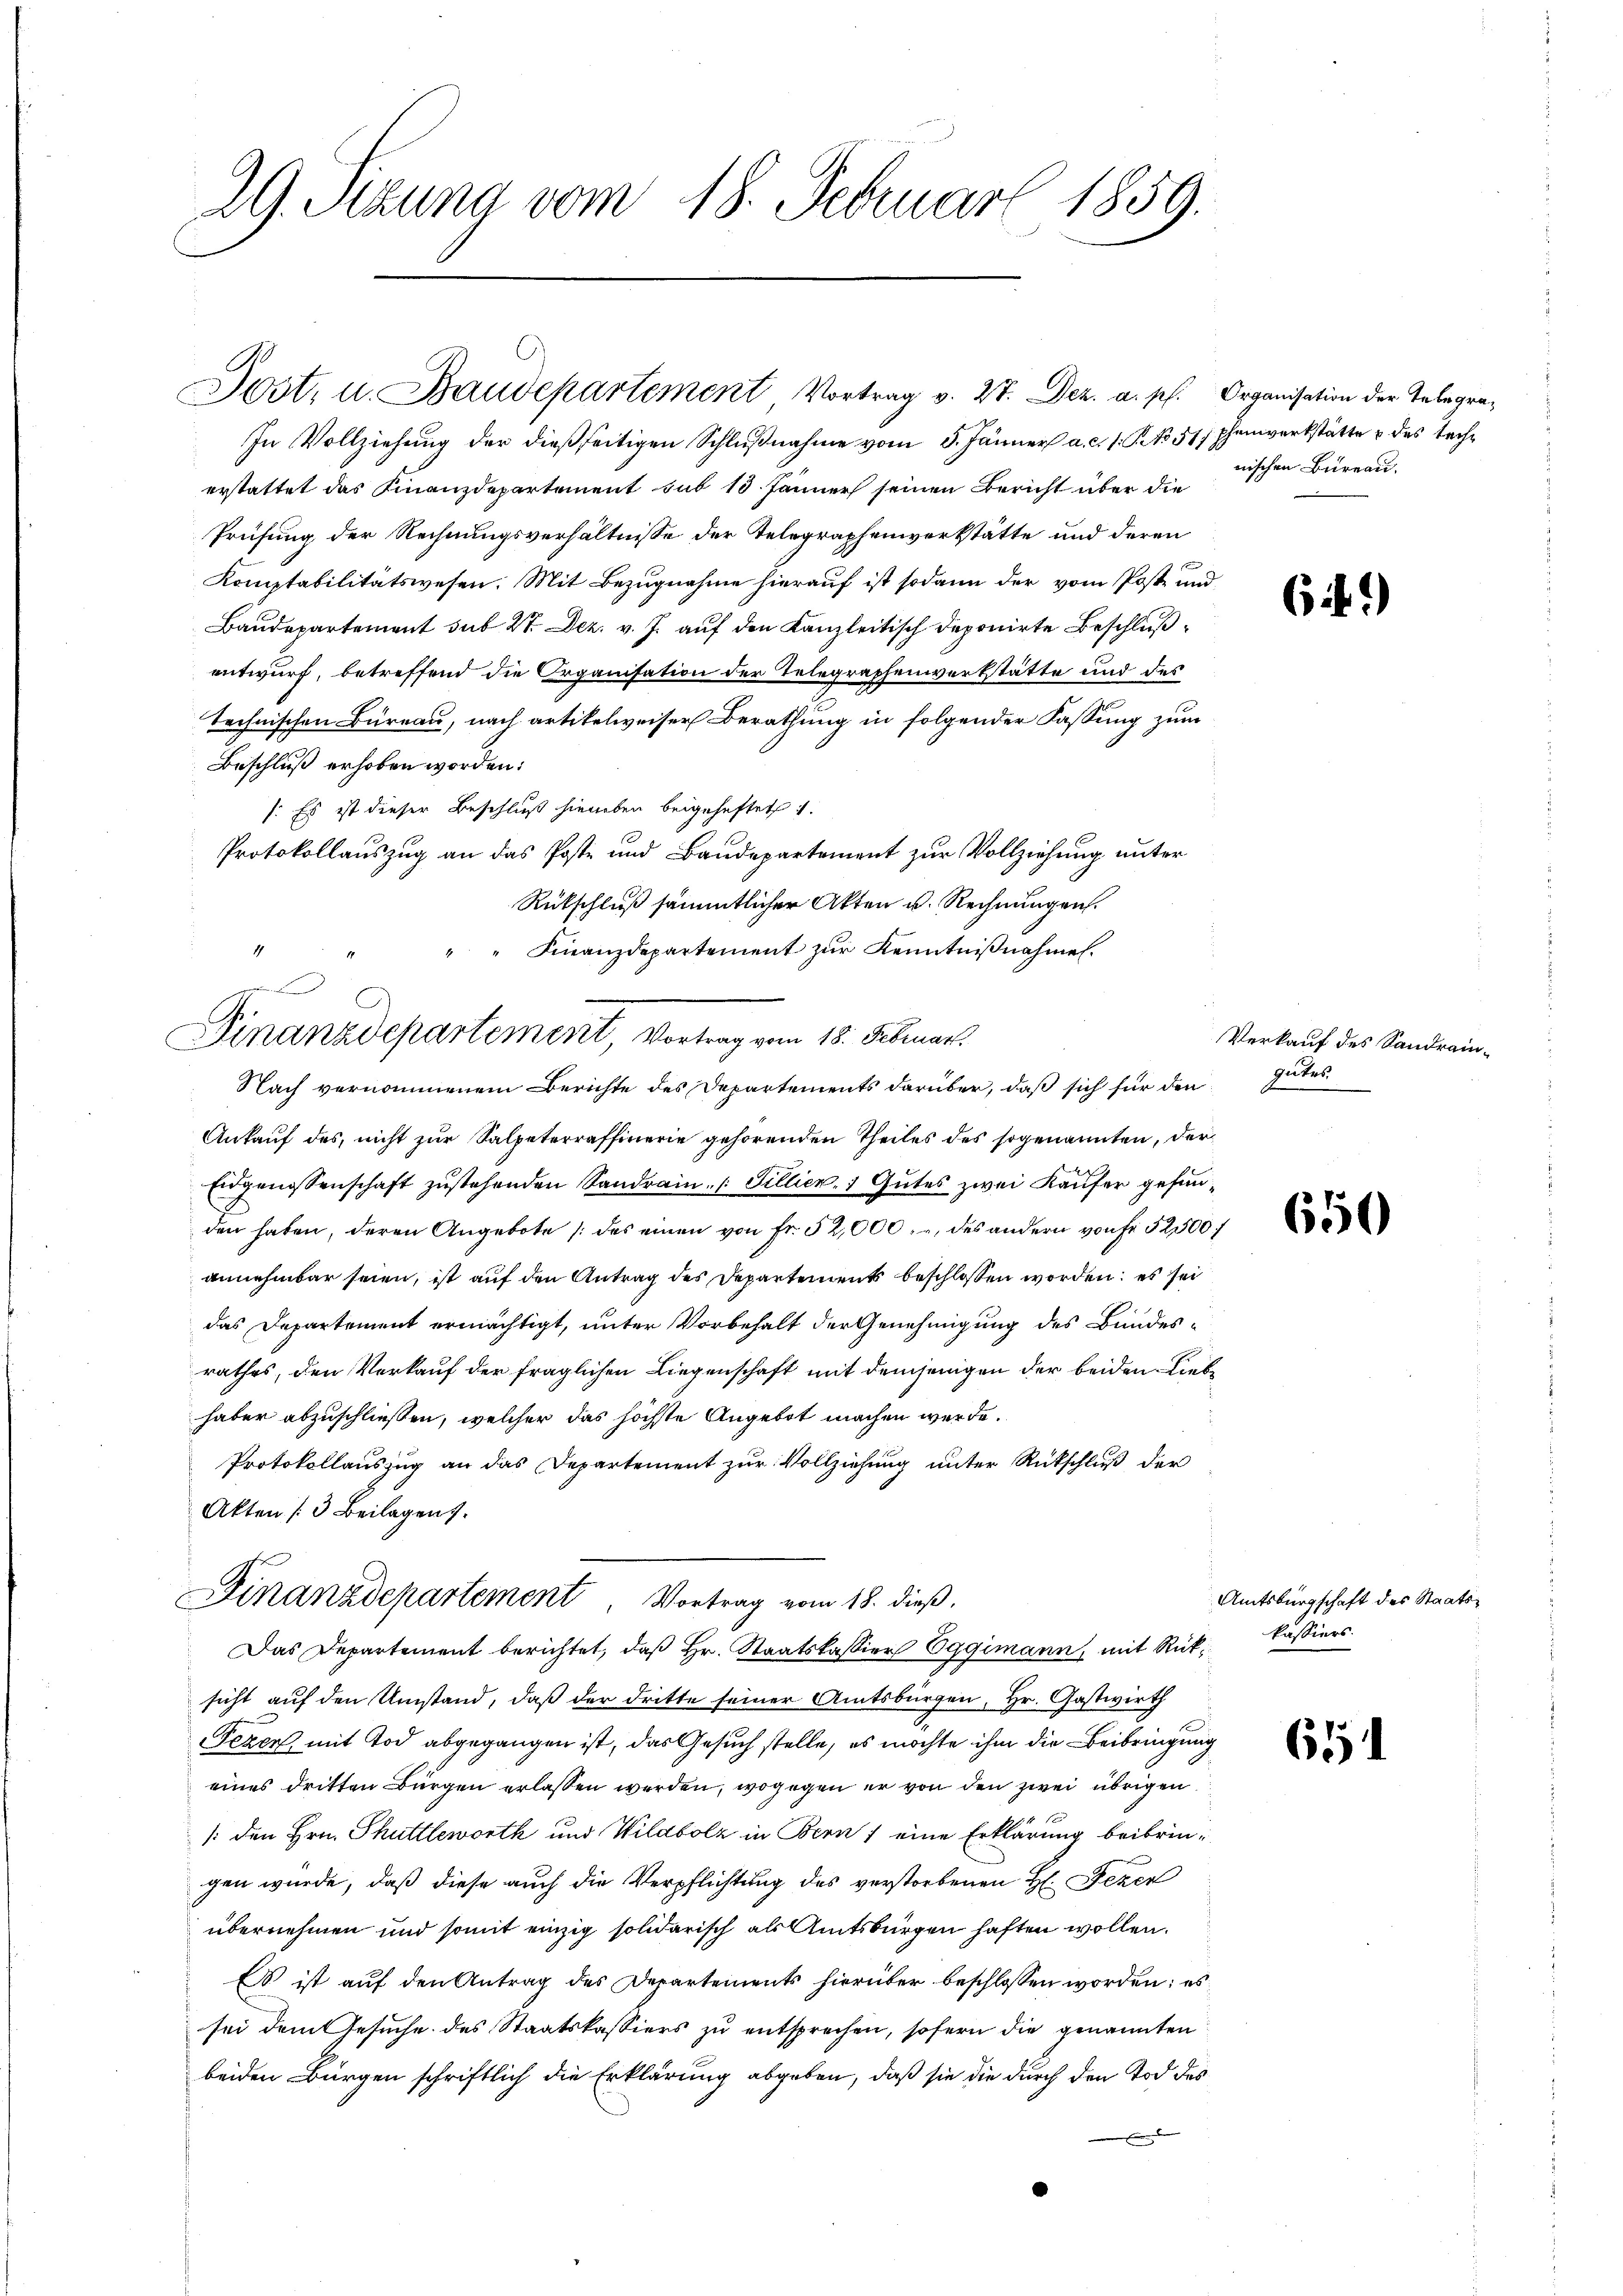
29. Sizung vom 18. Februar 1859.

In Vollziehung der dießseitigen Schlußnahme vom 5. Jänner a. c. s. S. 517 phenwerkstätte & des Techerstattet das Finanzdepartement sub 18. Jänner seinen Bericht über die
Prüfung der Rechnungsverhältnisse der Telegraphenverkstätte und deren
Komptabilitätswesen. Mit Bezugnahme hierauf ist sodann der vom Poste und
Baudepartement sub 27. Dez. v. J. auf den Kanzleitisch deponirte Beschlußentwurf, betreffend die Organisation der Telegraphenverkstätte und des
technischen Büreau, nach artikelweiser Berathung in folgender Fassung zum
Beschluß erhoben worden:
1. Es ist dieser Beschluß hierben beigeheftet
Protokollaŭszŭg an das Poste und Baudepartement zŭr Vollziehŭng ŭnter
Rückschluß sämmtlicher Akten u. Rechnungen.
" " Finanzdepartement zŭr Kenntniβnahmen.
4
Nach vernommenem Berichte des Departements darüber, daß sich für den
Ankauf des, nicht zur Salpeterraffinerie gehörenden Theiles des sogenannten, der
Eidgenossenschaft zustehenden Sandrain. ( Tillier, 1 Gutes zwei Käufer gefunden haben, deren Angebote (des einen von fr. 52,000 des andern von Fr. 52500 f
annehmbar seien, ist auf den Antrag des Departements beschlossen worden; es sei
das Departement ermächtigt, unter Vorbehalt der Genehmigung des Bundesrathes, den Verkauf der fraglichen Liegenschaft mit demjenigen der beiden Liebe
haber abzuschließen, welcher das höchste Angebot machen werde.
Protokollauszug an das Departement zur Vollziehung unter Rückschluß der
Akten (3 Beilagen.
Finanzdepartement, Vortrag vom 18. dieß.
Das Departement berichtet, daß Hr. Staatskassier Eggimann, mit Rüksicht auf den Umstand, daß der dritte seiner Amtsbürgen, Hr. Gastwirth
Fezen, mit Tod abgegangen ist, das Gesuch stelle, es möchte ihm die Beibringung
eines dritten Bürgen erlassen werden, wogegen er von den zwei übrigen
/: den Hrn. Thuttlerworth und Wildbolz in Bern / eine Erklärung beibringen würde, daß diese auch die Verpflichtung des verstorbenen H. Gener
übernehmen und somit einzig solidarisch als Amtsbürgen haften wollen.
E ist auf den Antrag des Departements hierüber beschlossen worden; es
sei dem Gesuche des Staatskassiers zu entsprechen, sofern die genannten
beiden Bürgen schriftlich die Erklärung abgeben, daß sie die durch den Tod des
f

Jost, u. Baudepartement Vortrag v. 27. Dez. a. p. Organisation der Telegra-

.
Finanzdepartement, Vortrag vom 18. Februar.

nischen Büreau.

Verkauf des Sandraingutes.

Amtsbürgschaft des Staatskassiers.

64.)

650

61